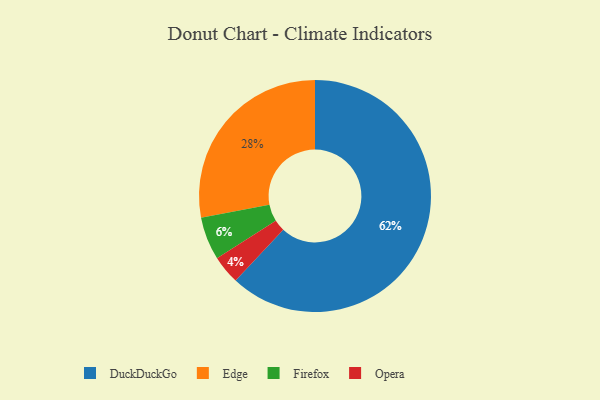
{"axis": {"x": "Category", "y": "Percentage"}, "legend": ["DuckDuckGo", "Edge", "Firefox", "Opera"], "data": [{"x": "Edge", "y": 28, "type": "Edge"}, {"x": "Opera", "y": 4, "type": "Opera"}, {"x": "Firefox", "y": 6, "type": "Firefox"}, {"x": "DuckDuckGo", "y": 62, "type": "DuckDuckGo"}]}